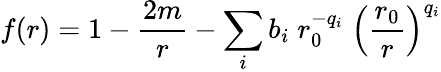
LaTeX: f(r)=1-\frac{2m}{r}-\sum_{i}b_{i}\; r_{0}^{-q_{i}}\; \left(\frac{r_{0}}{r}\right)^{q_{i}}